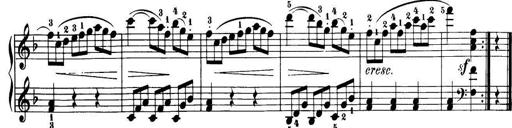
Title: 32 Sonatinas and Rondos for the Piano
Composer: Richard Kleinmichel